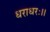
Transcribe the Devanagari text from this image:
धराधरः।।